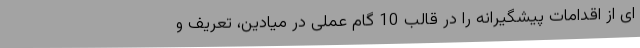
ای از اقدامات پیشگیرانه را در قالب 10 گام عملی در میادین، تعریف و